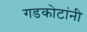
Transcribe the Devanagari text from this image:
गडकोटांनी